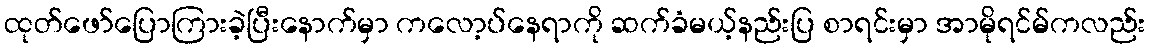
ထုတ်ဖော်ပြောကြားခဲ့ပြီးနောက်မှာ ကလော့ပ်နေရာကို ဆက်ခံမယ့်နည်းပြ စာရင်းမှာ အာမိုရင်မ်ကလည်း